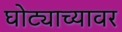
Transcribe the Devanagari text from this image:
घोट्याच्यावर